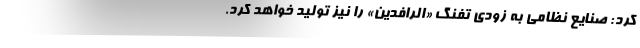
کرد: صنایع نظامی به زودی تفنگ «الرافدین» را نیز تولید خواهد کرد.